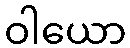
ဝါယော